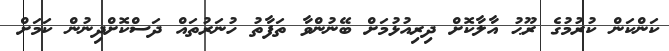
ކަންކަން ކުރުމުގެ ރޫޙު އާލާކޮށް ދިރިއުޅުމަށް ބޭނުންވާ ތަފާތު ހުނަރުތައް ދަސްކޮށްދިނުން ކަމަށް